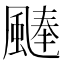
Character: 𩗴